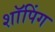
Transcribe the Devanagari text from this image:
शाॅपिंग